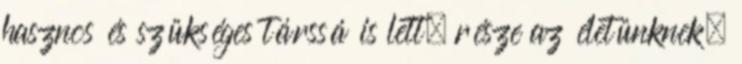
hasznos és szükséges társsá is lett, része az életünknek.